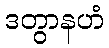
ဒတွာနဟံ